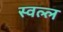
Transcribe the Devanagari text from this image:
स्वल्ल